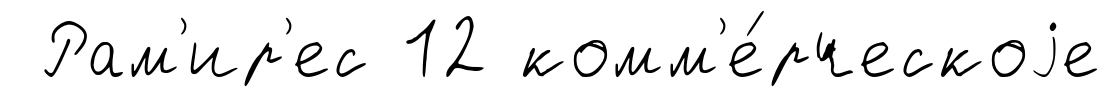
Рам'ир'ес 12 комм'е́рческоjе